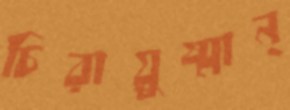
চিরায়ুষ্মান্‌